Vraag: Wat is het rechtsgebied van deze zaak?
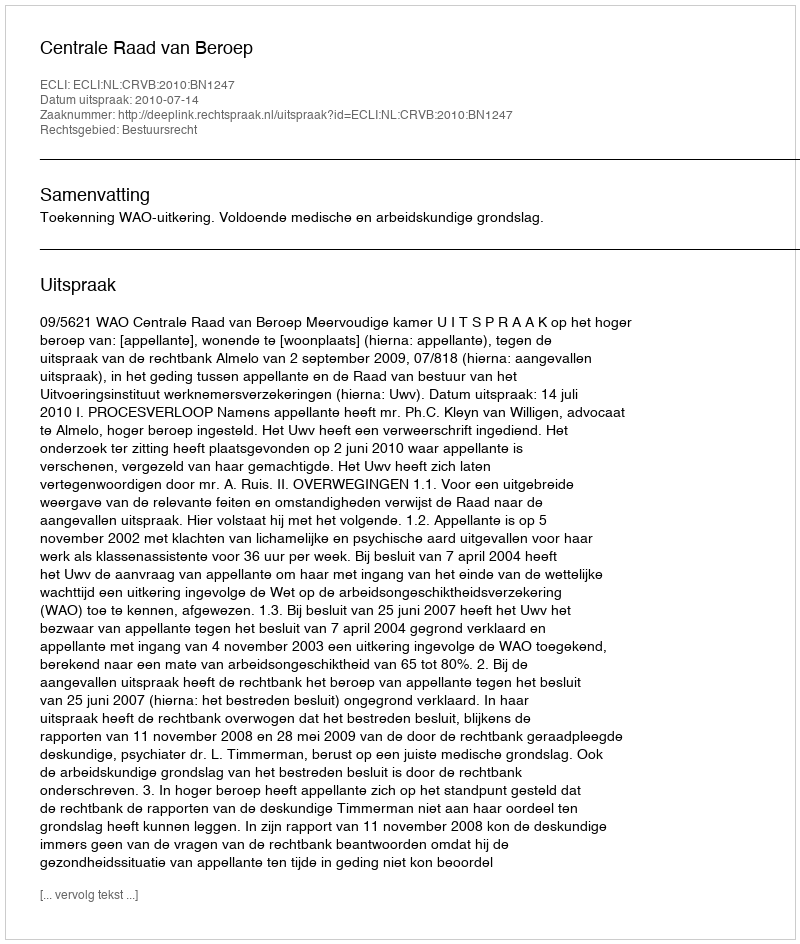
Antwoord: Bestuursrecht